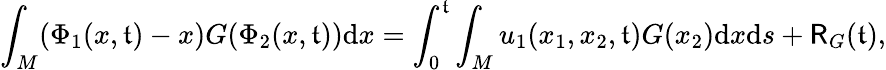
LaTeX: \int_{M}(\Phi_{1}(x,\mathfrak{t})-x)G(\Phi_{2}(x,\mathfrak{t}))\mathrm{{d}}x=\int_{0}^{\mathfrak{t}}\int_{M}u_{1}(x_{1},x_{2},\mathfrak{t})G(x_{2})\mathrm{{d}}x\mathrm{{d}}s+\mathsf{{R}}_{G}(\mathfrak{t}),